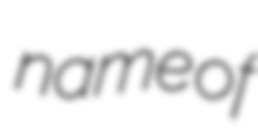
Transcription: name of